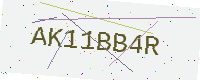
Text: AK11BB4R